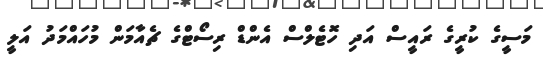
މަސީގެ ކުރީގެ ރައީސް އަދި ހޮޓެލްސް އެންޑް ރިސޯޓްގެ ޗެއާމަން މުހައްމަދު އަލީ